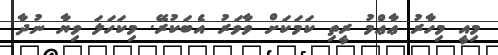
މިއީ މިހާރު ޢާޢްމު ރީތި ކަމަކަށް ވާވަރު އެބަކުރޭ. މިކަހަލަ ވިޔާ ނުދާ